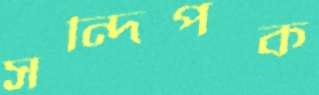
সন্দিপক